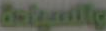
والسيادة